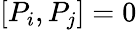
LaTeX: [P_{i},P_{j}]=0